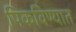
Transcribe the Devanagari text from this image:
पिकविण्यात